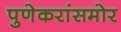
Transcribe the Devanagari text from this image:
पुणेकरांसमोर